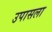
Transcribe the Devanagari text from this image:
उपासला